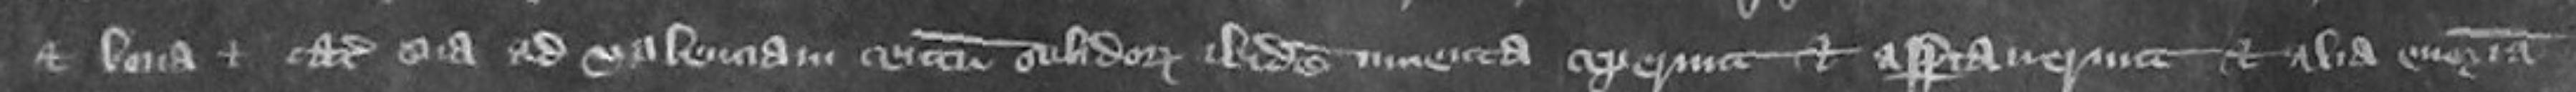
et bona et cattalla sua ad valenciam centum solidorum ibidem inventa ceperunt et asportaverunt et alia enormia